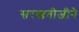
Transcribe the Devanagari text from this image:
सरस्वतीजीने